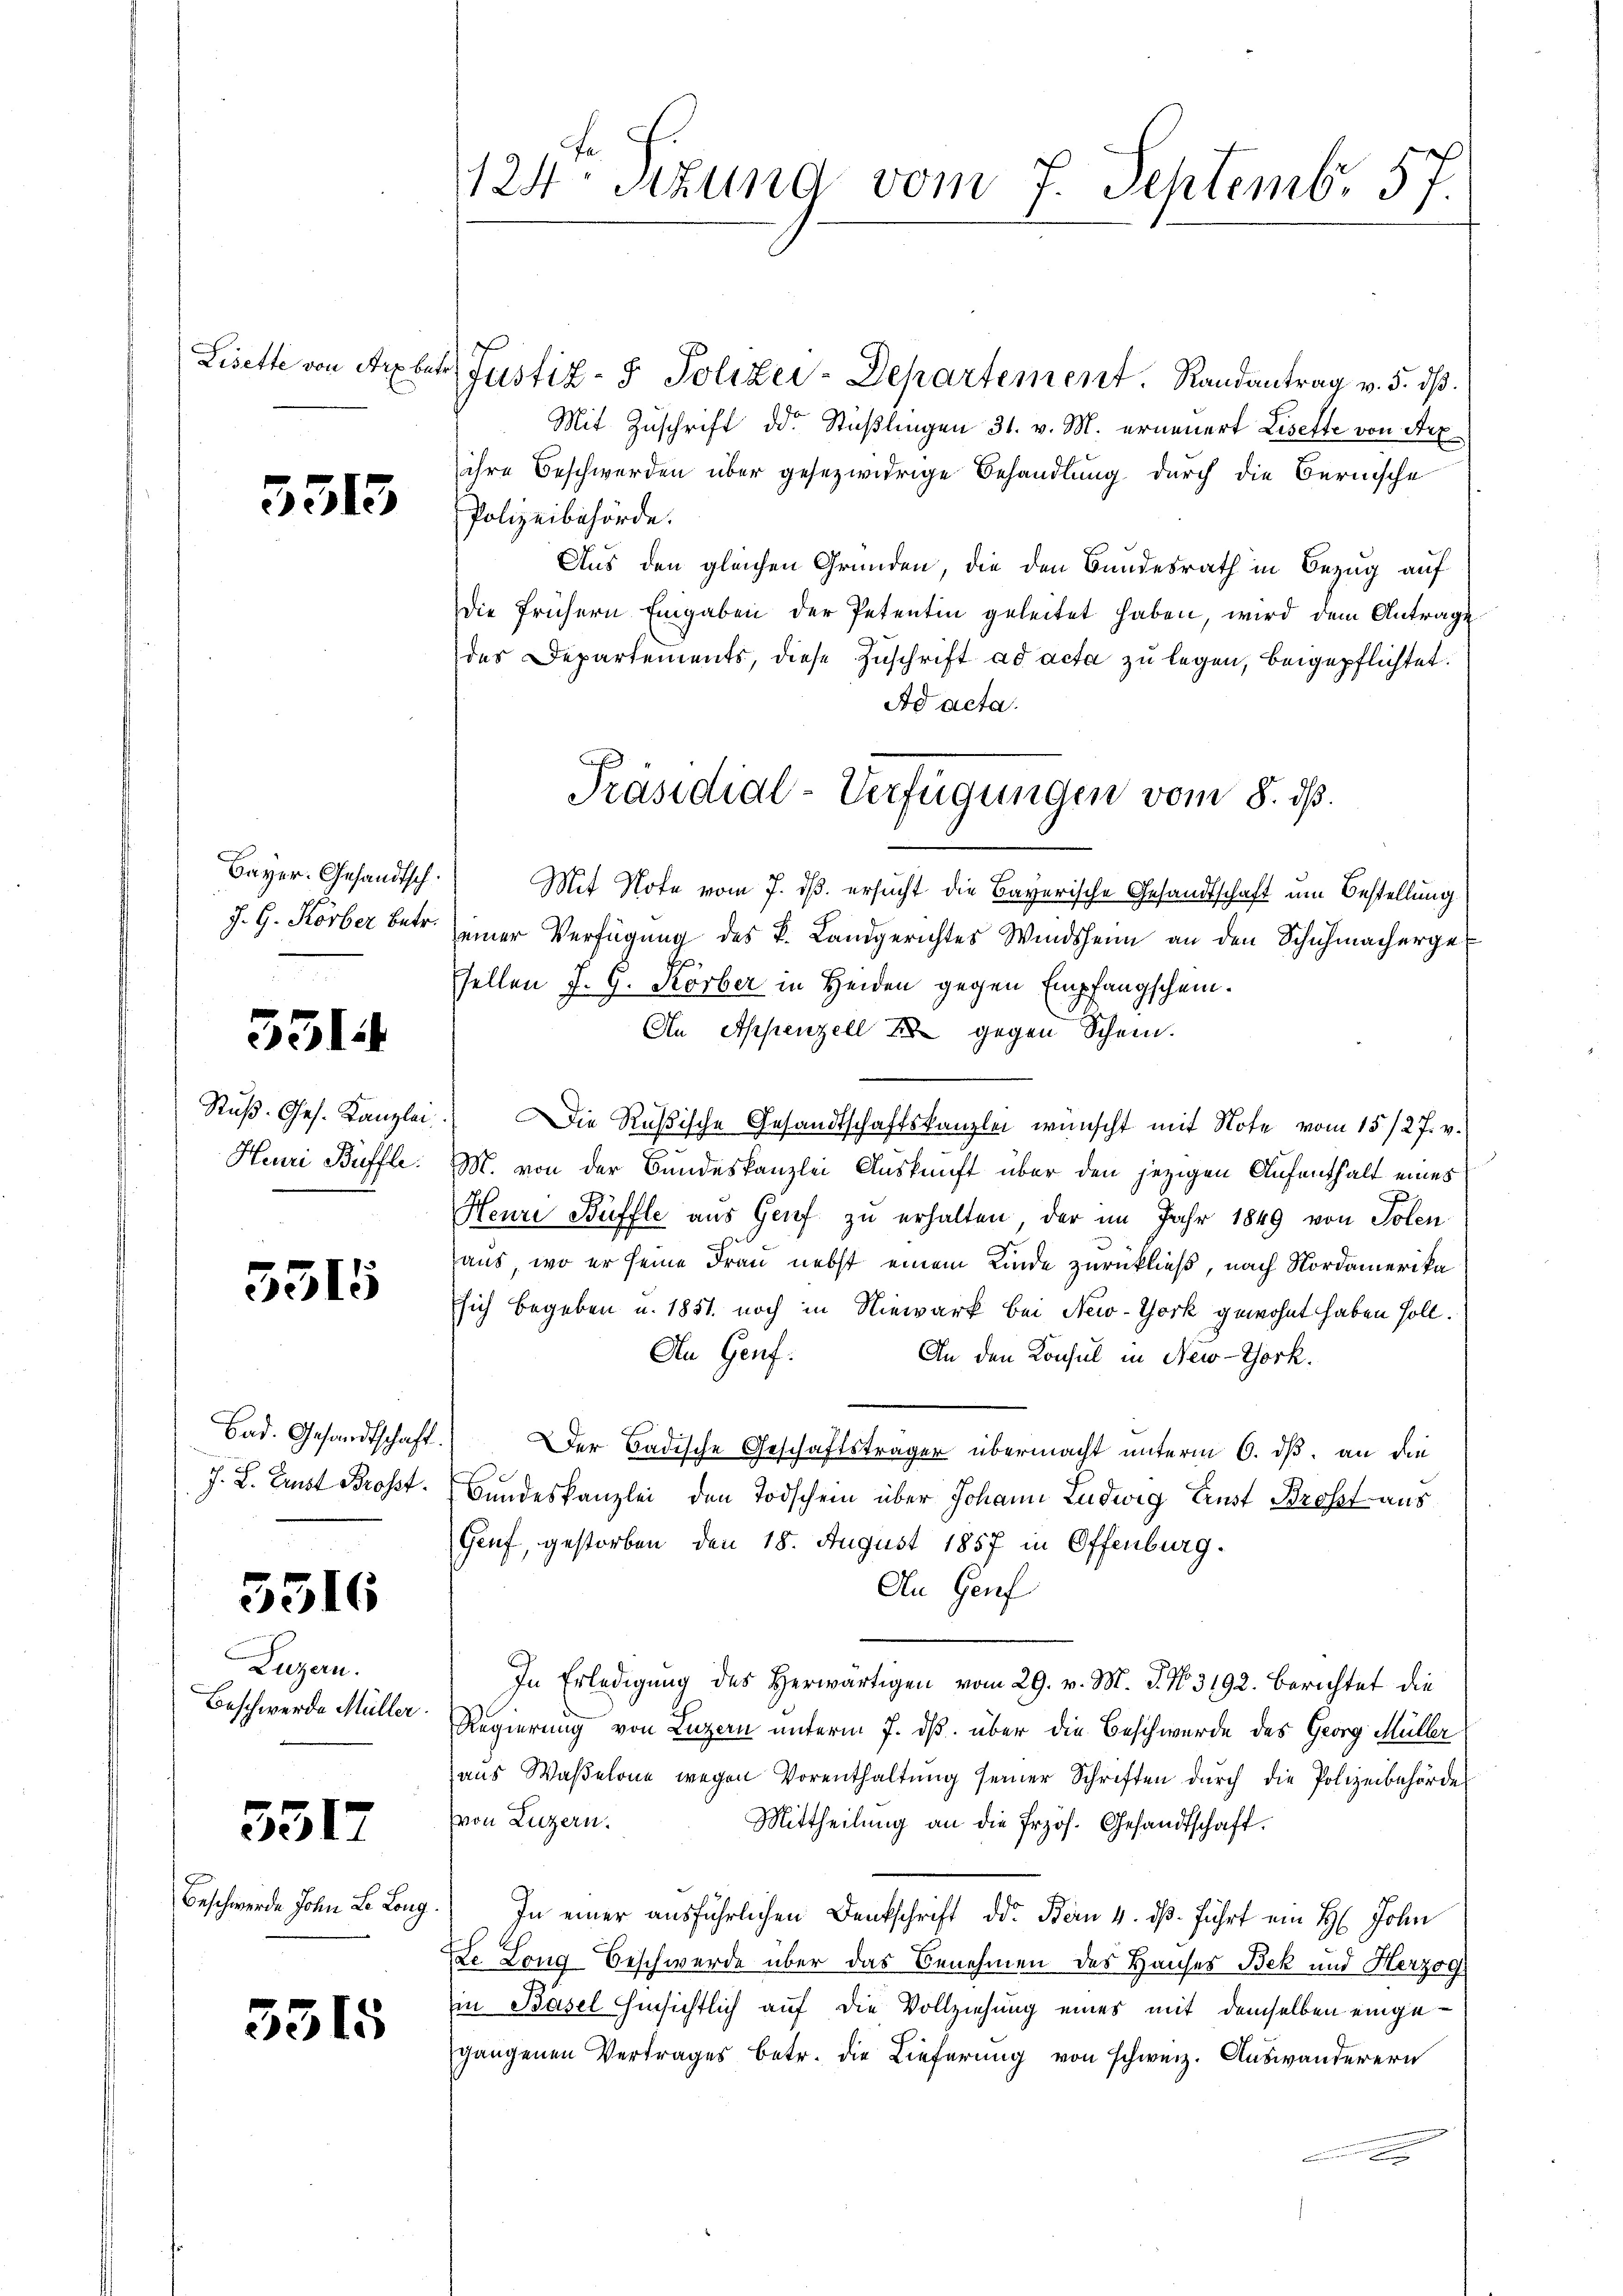
3513

Bayer. Gesandtsch.
J. G. Korber betr.

5314

Ruß. Ges. Kanzlei

5515

Bad. Gesandtschaft.
J. L. Trust Brosst.

5316

Luzern.
Beschwerde Müller

3317

Beschwerde John L. Long.

3315

124 Stzung vom 7. Septemb. 57.

Lisette von Arber Justiz- & Polizei-Departement. Randantrag v. 5. dβ.
Mit Zuschrift d. Stüßlingen 31. v. M. erneuert Lisette von Arz
ihre Beschwerden über gesezwidrige Behandlung durch die Bernische
Polizeibehörde.
Aus den gleichen Gründen, die den Bundesrath in Bezug auf
Die frühern Eingaben der Petentin geleitet haben, wird dem Antrage
des Departements, diese Zuschrift ad acta zu legen, beigepflichtet.
Ad acta.
Mit Note vom 7. dß ersucht die Bayerische Gesandtschaft um Bestellung
einer Verfügung des k. Landgerichtes Windsheim an den Schuhmachergefellen J. G. Körber in Heiden gegen Empfangschein.
An Appenzell & gegen Schein.
Die Rußische Gesandtschaftskanzlei wünscht mit Note vom 15./27. v.
Heuri Büffle. M. von der Bundeskanzlei Auskunft über den jezigen Aufenthalt eines
Heuri Büffle aus Genf zu erhalten, der im Jahr 1849 von Polen
aus, wo er seine Frau nebst einem Kinde zurückließ, nach Nordamerika
sich begeben u. 1851. noch in Niewark bei New-York gewohnt haben soll.
An Genf.
An den Konsul in New-York.
Der Badische Geschäftsträger übermacht unterm 6. dß, an die
Bundeskanzlei den Todschein über Johann Ludwig Ernst Brosst aus
Genf, gestorben den 18. August 1857 in Offenburg.
An Genf
In Erledigung des herwärtigen vom 29. v. M. J. No. 3192. Berichtet die
Regierung von Luzern unterm 7. ds. über die Beschwerde des Georg Müller
ans Waβelone wegen Vorenthaltŭng seiner Schriften dŭrch die Polizeibehörde
(von Luzern.
Mittheilung an die Przös. Gesandtschaft.
In einer ausführlichen Denkschrift der Bern 4. dß. führt ein H. John
Ed. Long Beschwerde über das Benehmen des Hauses Bek und Herzog
in Basel hinsichtlich auf die Vollziehung eines mit demselben eingegangenen Vertrages betr. die Lieferung von schweiz. Auswanderern
e

J.
Präsidial-Verfügungen vom 8. dß.